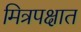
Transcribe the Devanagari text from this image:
मित्रपक्षात